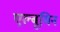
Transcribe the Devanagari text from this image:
एल्बूमिन